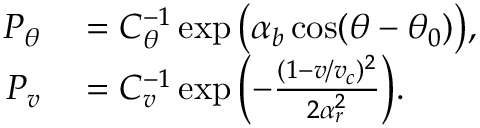
\begin{array} { r l } { P _ { \theta } } & { { } = C _ { \theta } ^ { - 1 } \exp { \bigl ( \alpha _ { b } \cos ( \theta - \theta _ { 0 } ) \bigr ) } , } \\ { P _ { v } } & { { } = C _ { v } ^ { - 1 } \exp { \Bigl ( - \frac { ( 1 - v / v _ { c } ) ^ { 2 } } { 2 \alpha _ { r } ^ { 2 } } \Bigr ) } . } \end{array}